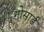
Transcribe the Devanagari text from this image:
गोसार्ड